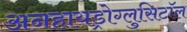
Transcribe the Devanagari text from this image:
अनहायड्रोग्लुसिटॉल